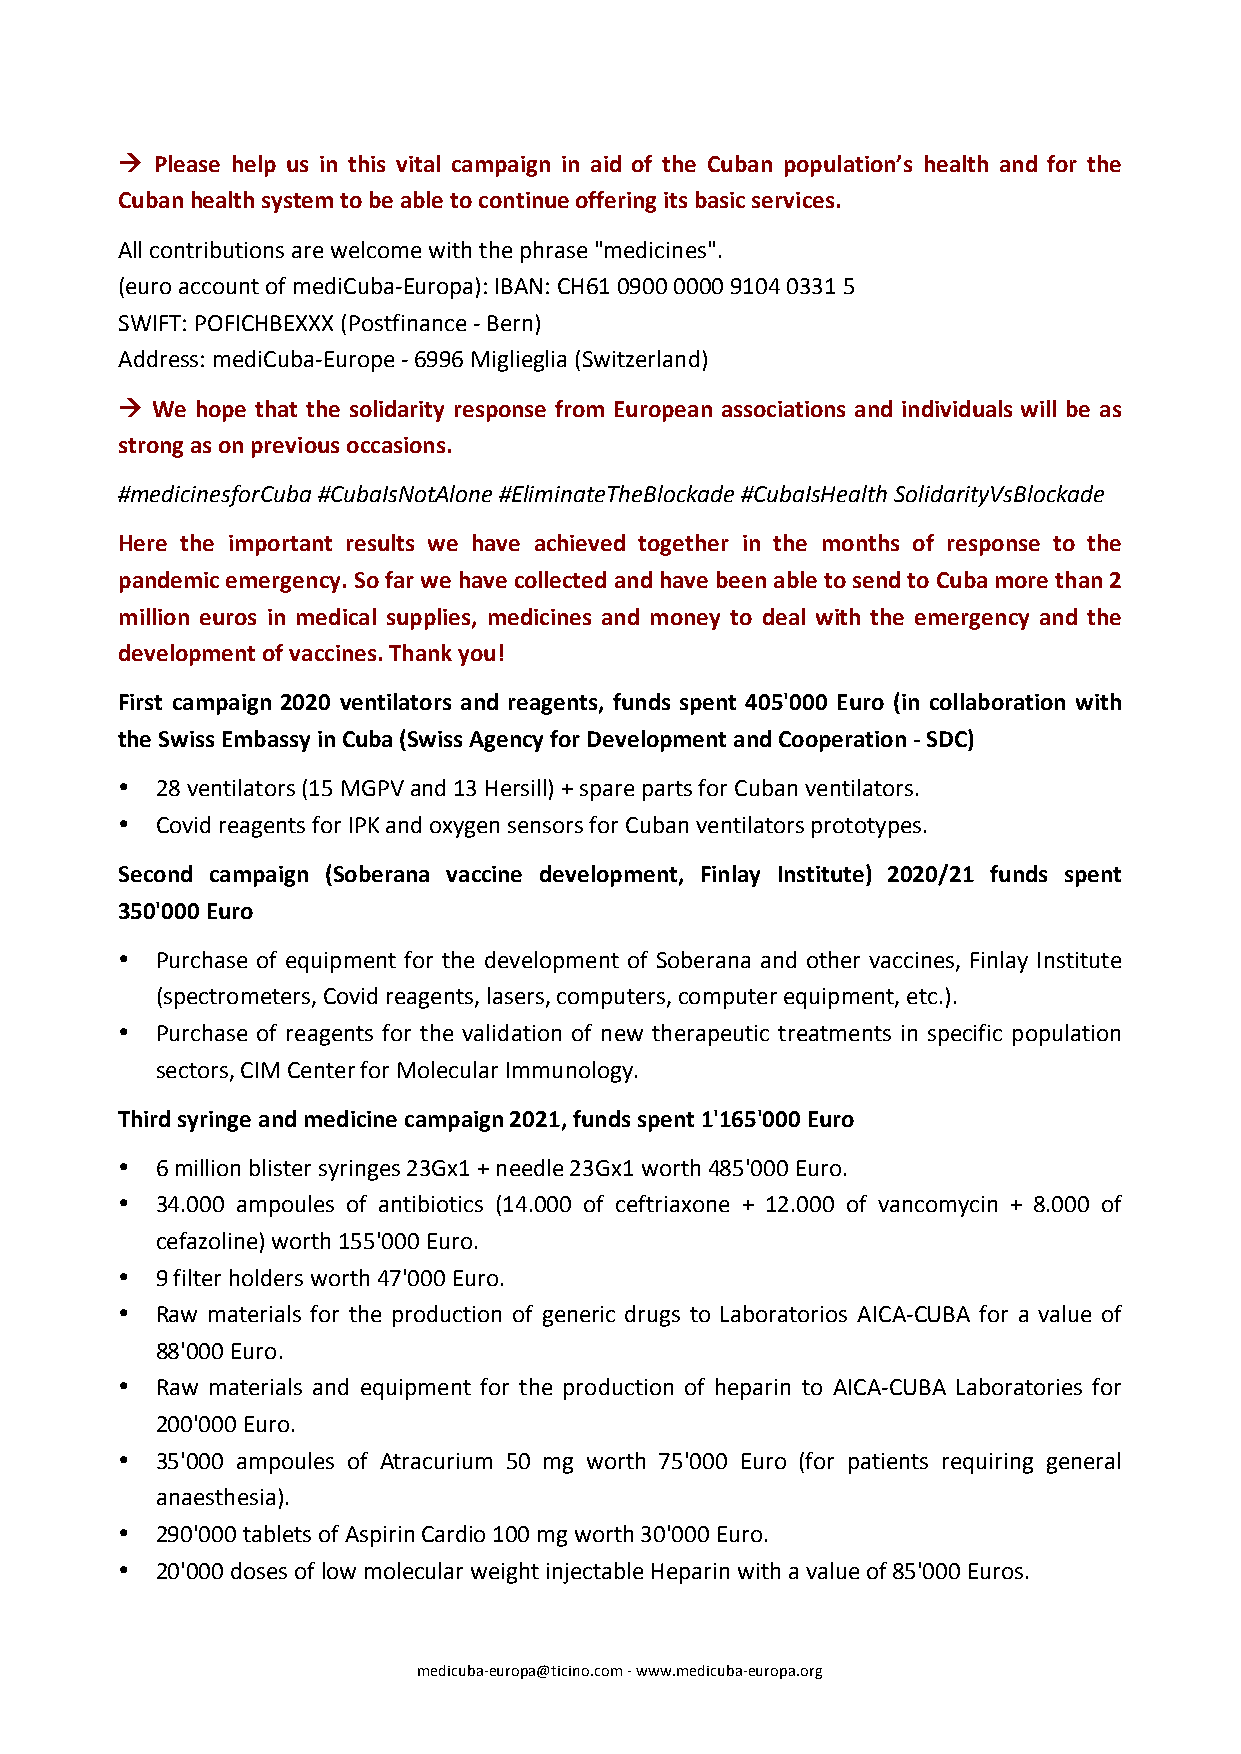
! Please help us in this vital campaign in aid of the Cuban population’s health and for the
 Cuban health system to be able to continue offering its basic services.
 All contributions are welcome with the phrase "medicines".
 (euro account of mediCuba-Europa): IBAN: CH61 0900 0000 9104 0331 5
 SWIFT: POFICHBEXXX (Postfinance - Bern)
 Address: mediCuba-Europe - 6996 Miglieglia (Switzerland)
 ! We hope that the solidarity response from European associations and individuals will be as
 strong as on previous occasions.
 #medicinesforCuba #CubaIsNotAlone #EliminateTheBlockade #CubaIsHealth SolidarityVsBlockade
 Here the important results we have achieved together in the months of response to the
 pandemic emergency. So far we have collected and have been able to send to Cuba more than 2
 million euros in medical supplies, medicines and money to deal with the emergency and the
 development of vaccines. Thank you!
 First campaign 2020 ventilators and reagents, funds spent 405'000 Euro (in collaboration with
 the Swiss Embassy in Cuba (Swiss Agency for Development and Cooperation - SDC)
 • 28 ventilators (15 MGPV and 13 Hersill) + spare parts for Cuban ventilators.
 • Covid reagents for IPK and oxygen sensors for Cuban ventilators prototypes.
 Second campaign (Soberana vaccine development, Finlay Institute) 2020/21 funds spent
 350'000 Euro
 • Purchase of equipment for the development of Soberana and other vaccines, Finlay Institute
 (spectrometers, Covid reagents, lasers, computers, computer equipment, etc.).
 • Purchase of reagents for the validation of new therapeutic treatments in specific population
 sectors, CIM Center for Molecular Immunology.
 Third syringe and medicine campaign 2021, funds spent 1'165'000 Euro
 • 6 million blister syringes 23Gx1 + needle 23Gx1 worth 485'000 Euro.
 • 34.000 ampoules of antibiotics (14.000 of ceftriaxone + 12.000 of vancomycin + 8.000 of
 cefazoline) worth 155'000 Euro.
 • 9 filter holders worth 47'000 Euro.
 • Raw materials for the production of generic drugs to Laboratorios AICA-CUBA for a value of
 88'000 Euro.
 • Raw materials and equipment for the production of heparin to AICA-CUBA Laboratories for
 200'000 Euro.
 • 35'000 ampoules of Atracurium 50 mg worth 75'000 Euro (for patients requiring general
 anaesthesia).
 • 290'000 tablets of Aspirin Cardio 100 mg worth 30'000 Euro.
 • 20'000 doses of low molecular weight injectable Heparin with a value of 85'000 Euros.
 medicuba-europa@ticino.com - www.medicuba-europa.org